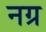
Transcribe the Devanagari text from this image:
नग्र